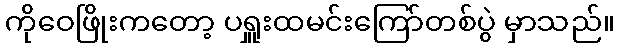
ကိုဝေဖြိုးကတော့ ပရှူးထမင်းကြော်တစ်ပွဲ မှာသည်။